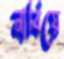
নাবিয়ে